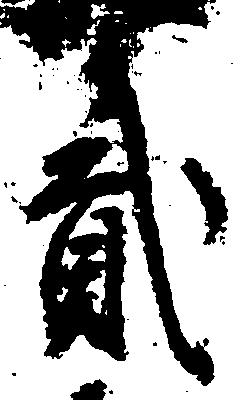
弐